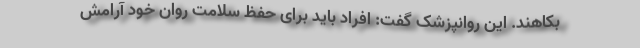
بکاهند. این روانپزشک گفت: افراد باید برای حفظ سلامت روان خود آرامش